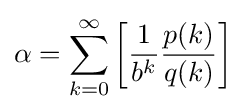
\alpha =\sum _{k=0}^{\infty }\left[{\frac {1}{b^{k}}}{\frac {p(k)}{q(k)}}\right]